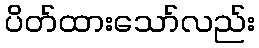
ပိတ်ထားသော်လည်း